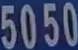
5050